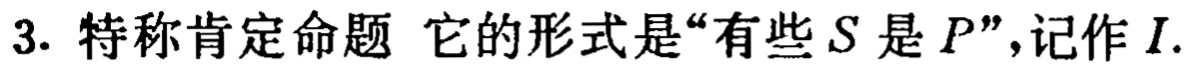
3. 特称肯定命题 它的形式是“有些\(S\)是\(P\)”，记作\(I\).